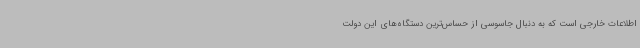
اطلاعات خارجی است که به دنبال جاسوسی از حساس‌ترین دستگاه‌های این دولت